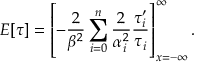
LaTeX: E [ \tau ] = \left[ - \frac 2 { \beta ^ { 2 } } \sum _ { i = 0 } ^ { n } \frac 2 { \alpha _ { i } ^ { 2 } } \frac { \tau _ { i } ^ { \prime } } { \tau _ { i } } \right] _ { x = - \infty } ^ { \infty } .